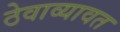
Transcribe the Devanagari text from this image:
ठेवाव्यावत